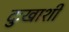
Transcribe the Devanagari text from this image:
दुःखाशी